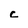
Character: c